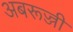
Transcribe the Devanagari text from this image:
अबरूज्जी